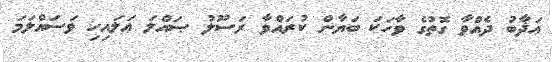
ޢަޛާބު ދެއްވާ ގޮތުގެ ވާހަކަ ބަޔާން ކުރައްވާ ރަސޫލު ޞައްލަ ޢަލައިހި ވަސައްލަމަ